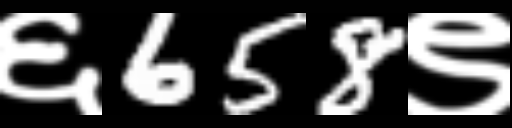
Text: ६658९